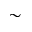
\sim